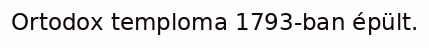
Ortodox temploma 1793-ban épült.